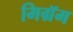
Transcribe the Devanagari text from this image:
मिग्रॅम